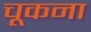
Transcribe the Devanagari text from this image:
चूकना